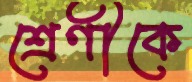
শ্রেণীকে